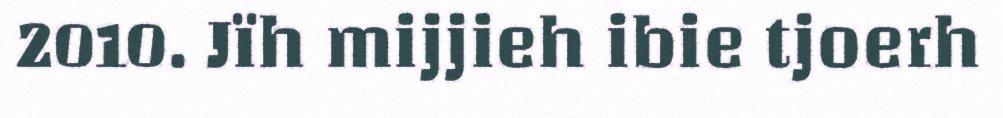
2010. Jïh mijjieh ibie tjoerh